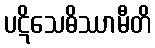
ပဋိသေဓိဿာမီတိ